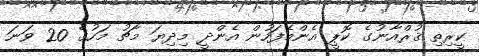
ކީރިތި ޤުރްއާނުގެ ކޮޕީ އެންމެފަހުން އެންދީ މިދިޔަ މާޗު މަހުގެ 20 ވަނަ